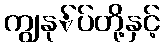
ကျွနု်ပ်တို့နှင့်